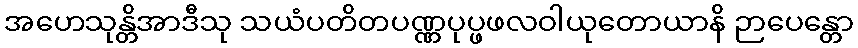
အဟေသုန္တိအာဒီသု သယံပတိတပဏ္ဏပုပ္ဖဖလဝါယုတောယာနိ ဉာပေန္တော